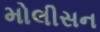
મોલીસન